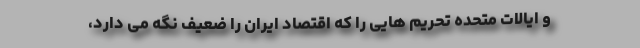
و ایالات متحده تحریم هایی را که اقتصاد ایران را ضعیف نگه می دارد،